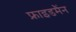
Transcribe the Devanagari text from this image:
फ्राइडमैंन